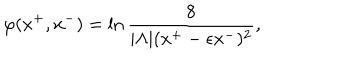
\varphi ( x ^ { + } , x ^ { - } ) = \ln { \frac { 8 } { | \Lambda | ( x ^ { + } - \epsilon x ^ { - } ) ^ { 2 } } } ,